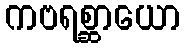
ကဗရစ္ဆာယော